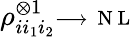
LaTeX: \rho_{ii_{1}i_{2}}^{\otimes 1}\substack{\longrightarrow\, \mathrm{~N~L~}}